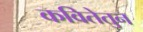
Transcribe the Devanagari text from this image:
कवितेतुन